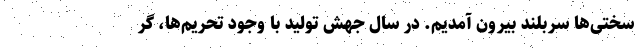
سختی‌ها سربلند بیرون آمدیم. در سال جهش تولید با وجود تحریم‌ها، گر